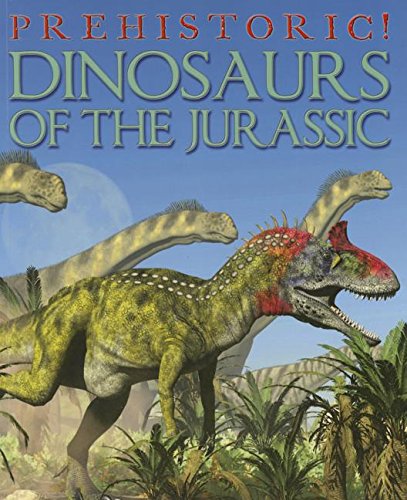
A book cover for Dinosaurs of the Jurassic (Prehistoric!); David West; Children's Books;